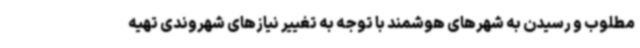
مطلوب و رسیدن به شهرهای هوشمند با توجه به تغییر نیازهای شهروندی تهیه